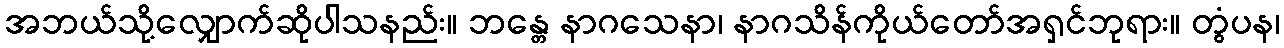
အဘယ်သို့လျှောက်ဆိုပါသနည်း။ ဘန္တေ နာဂသေနာ၊ နာဂသိန်ကိုယ်တော်အရှင်ဘုရား။ တွံပန၊